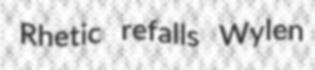
Rhetic refalls Wylen